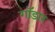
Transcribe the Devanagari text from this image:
गॉडार